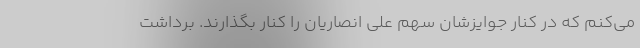
می‌کنم که در کنار جوایزشان سهم علی انصاریان را کنار بگذارند. برداشت